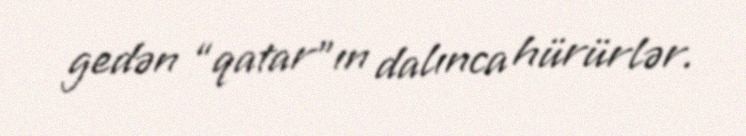
gedən “qatar”ın dalınca hürürlər.